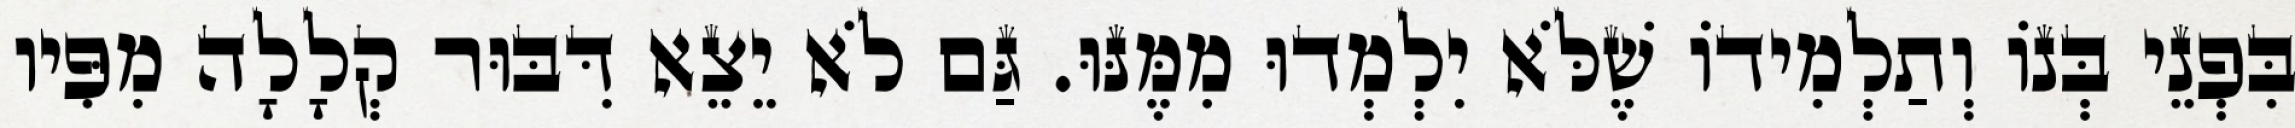
בִּפְנֵי בְּנוֹ וְתַלְמִידוֹ שֶׁלֹּא יִלְמְדוּ מִמֶּנּוּ. גַּם לֹא יֵצֵא דִּבּוּר קְלָלָה מִפִּיו